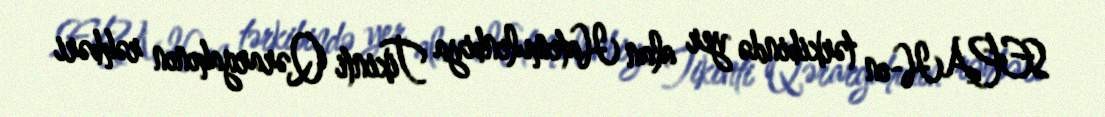
SEPAH-ın tərkibində yer alan Hatemulenbiya Tikinti Qərargahının rəhbəri